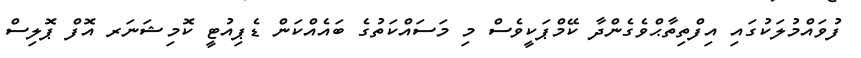
ފުވައްމުލަކުގައި އިފްތިތާޙްވެގެންދާ ކޭމްޕަކީވެސް މި މަސައްކަތުގެ ބައެއްކަން ޑެޕިއުޓީ ކޮމިޝަނަރ އޮފް ޕޮލިސް